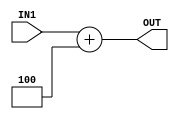
 /*______________________________________________________________________________
  |                                                                              |
  |  File Name         -adder_32bit.v                                            |
  |  Created By        -Group1(E17)                                              |
  |  Project/ Course   -CO502                                                    |
  |  Institute         -University of peradeniya                                 |
  |  Date              -05.04.2023                                               |
  |  Discription       -Adder                                                    |
  |______________________________________________________________________________|
  
  */

module adder_32bit(IN1, OUT);

    //declare ports
    input [31:0] IN1;
    output [31:0] OUT;

    //add the input values and assign to output
 
    assign #1 OUT = IN1 + 32'd4;

endmodule